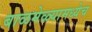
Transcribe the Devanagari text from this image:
बाळमेळ्यामध्येच